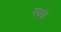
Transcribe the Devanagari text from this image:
स्वके